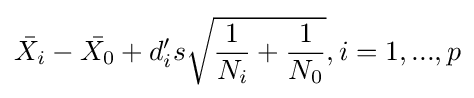
{\bar {X_{i}}}-{\bar {X_{0}}}+d_{i}'s{\sqrt {{\frac {1}{N_{i}}}+{\frac {1}{N_{0}}}}},i=1,...,p